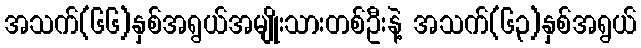
အသက်(၆၆)နှစ်အရွယ်အမျိုးသားတစ်ဦးနဲ့ အသက်(၆၃)နှစ်အရွယ်